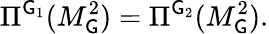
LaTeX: \Pi^{\mathsf{G}_{1}}(M_{\mathsf{G}}^{2})=\Pi^{\mathsf{G}_{2}}(M_{\mathsf{G}}^{2}).